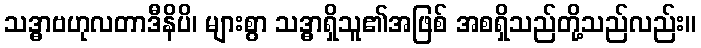
သဒ္ဓာဗဟုလတာဒီနိပိ၊ များစွာ သဒ္ဓာရှိသူ၏အဖြစ် အစရှိသည်တို့သည်လည်း။